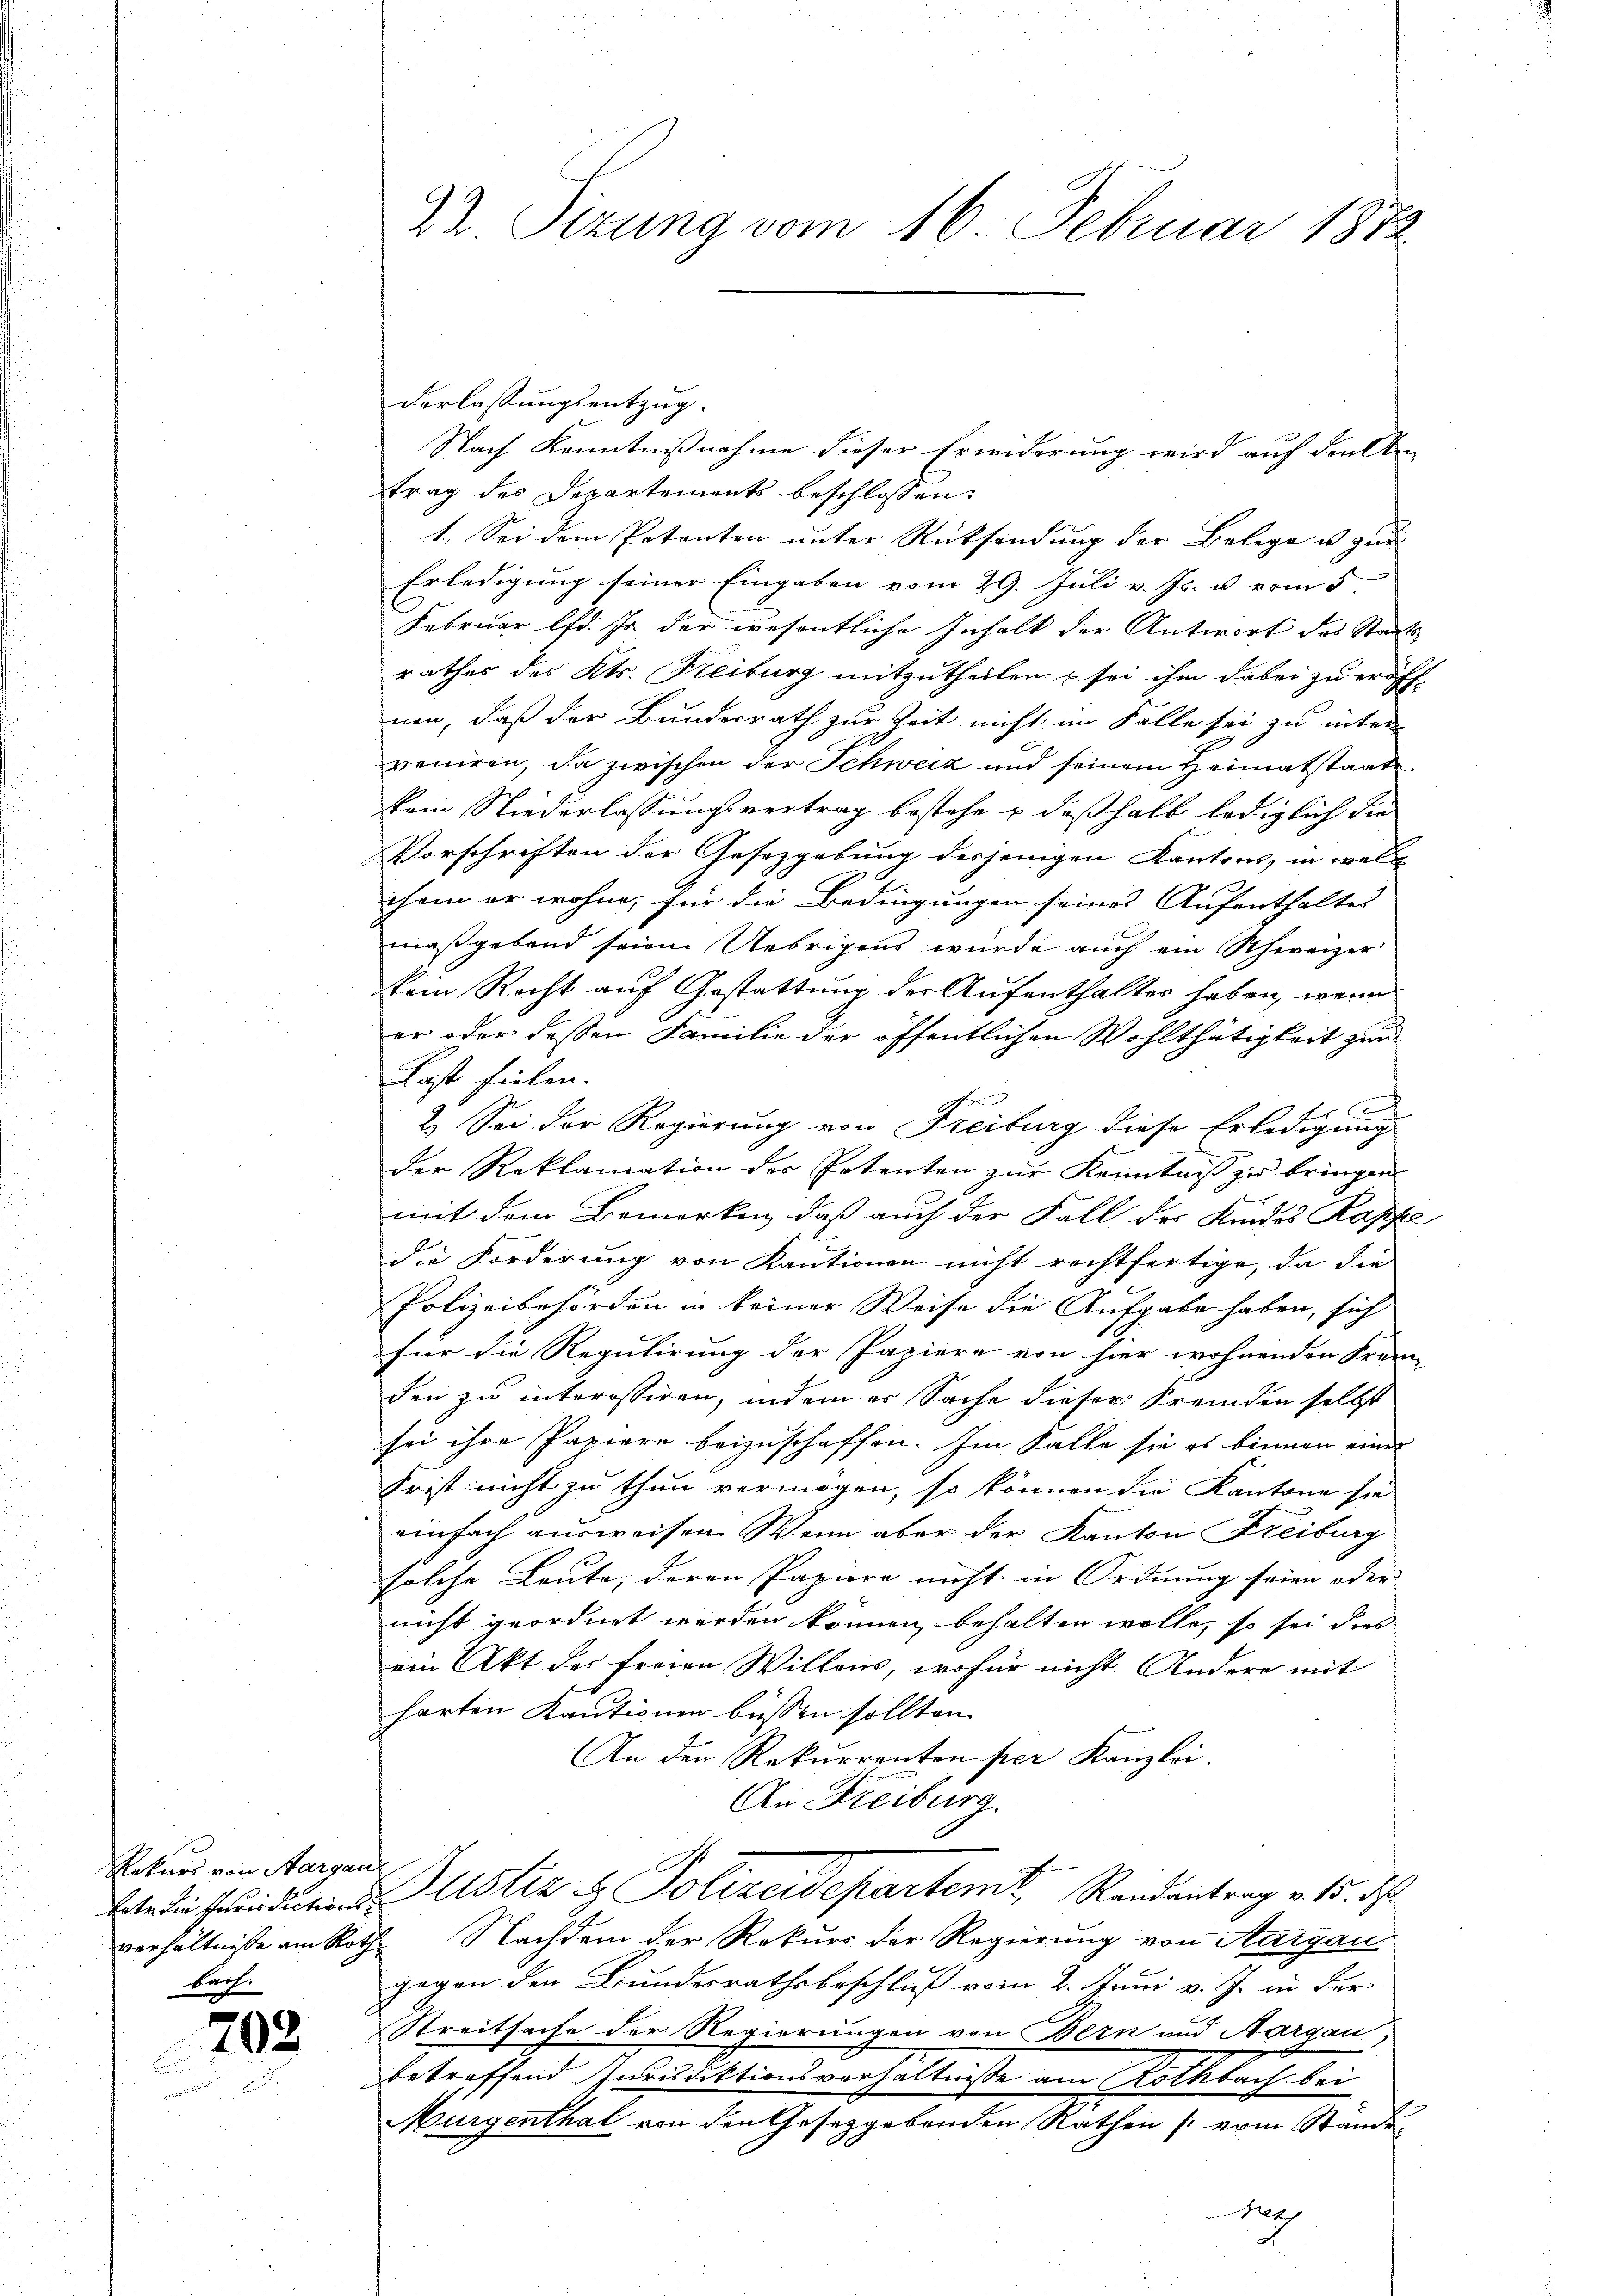
Rekurs von Aargau
betr. die Jurisdictionsverhältnisse am Roth
bach.

702

22 Sizung vom 16. Februar 1872

derlassungsentzug.
Nach Kenntnißnahme dieser Erwiderung wird auf den An-
trag des Departements beschlossen:
1. Sei dem Petenten unter Rücksendung der Belege u. zur
Erledigung seiner Eingaben vom 29. Juli v. Js. u vom 5.
Februar lfd. Js. der wesentliche Inhalt der Antwort das Staats-
rathes des Kts. Freiburg mitzutheilen u. sei ihm dabei zu eröff-
nen, daß der Bundesrath zur Zeit nicht im Falle sei zu inter-
veniren, da zwischen der Schweiz und seinem Heimatstaate
kein Niederlassungsvertrag bestehe & deßhalb lediglich die
Vorschriften der Gesetzgebung desjenigen Kantons, in welc
chem er wohne, für die Bedingungen seines Aufenthaltes
maßgebend seien. Uebrigens würde auch ein Schweizer
kein Recht auf Gestattung der Aufenthalter haben, wenn
er oder dessen Familie der öffentlichen Wohlthätigkeit zur
Last fielen.
 f
2.) Sei der Regierung von Freiburg diese Erledigung
der Reklamation der Potenten zur Kenntniß zu bringen.
mit dem Bemerken, daß auch der Fall des Kindes Rappe
die Forderung von Kautionen nicht rechtfertige, da die
Polizeibehörden in keiner Weise die Aufgabe haben, sich
für die Regulirung der Papiere von hier wohnenden Freun-
den zu interessiren, indem er Sache dieser Fremden selbst
sei ihre Papiere beizuschaffen. Im Falle sie es binnen einer
Frist nicht zu thun vermögen, so können die Kantone sie
einfach ausweisen. Wenn aber der Kanton Freiburg
solche Leute, deren Papiere nicht in Ordnung seien oder
nicht geordnet werden können, behalten wolle, so sei dies
ein Akt des Frage Willons, wofür nicht Andere mit
harten Kautionen büssen sollten
An den Rekurrenten per Kanzlei.
An Freiburg.
Justiz & Polizeidepartemt, Randantrag v. 15. des
“. Nachdem der Rekurs der Regierung von Aargau
gegen den Bundesrathsbeschluß vom 2. Juni v. J. in der
Streitsache der Regierungen von Bern und Aargau,
betreffend Indudektionsverhältnisse am Rothbach bei
Murgenthal von den Gesetzgebenden Rathen [vom Stände
ha